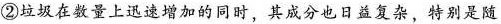
②垃圾在数量上选速增加的同时，其成分也日益复杂，特别是随